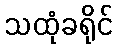
သထုံခရိုင်